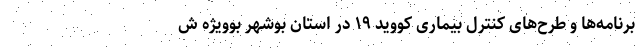
برنامه‌ها و طرح‌های کنترل بیماری کووید ۱۹ در استان بوشهر بوویژه ش